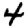
Digit: 4